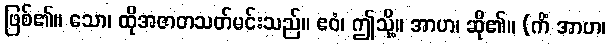
ဖြစ်၏။ သော၊ ထိုအဇာတသတ်မင်းသည်။ ဧဝံ၊ ဤသို့။ အာဟ၊ ဆို၏။ (ကိံ အာဟ၊